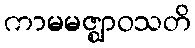
ကာမမဇ္ဈာဝသတိ